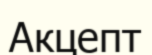
Акцепт